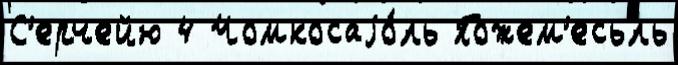
С'ерчейю 4 Чомкосаjо́ль Пожем'есь́ль